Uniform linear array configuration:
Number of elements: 16
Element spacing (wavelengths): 1
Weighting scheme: blackman
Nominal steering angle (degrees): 45
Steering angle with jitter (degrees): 46.965
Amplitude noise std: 0.05
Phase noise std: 0.05

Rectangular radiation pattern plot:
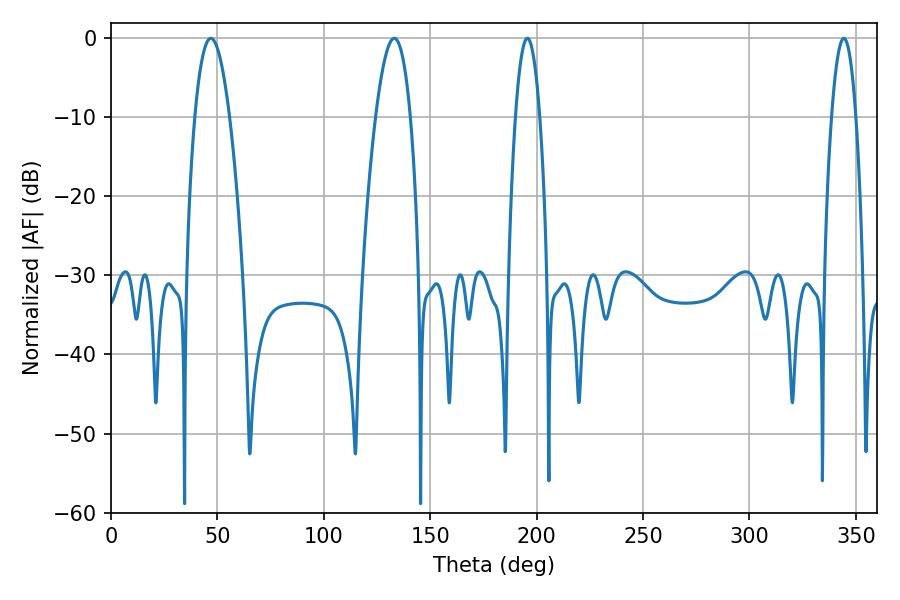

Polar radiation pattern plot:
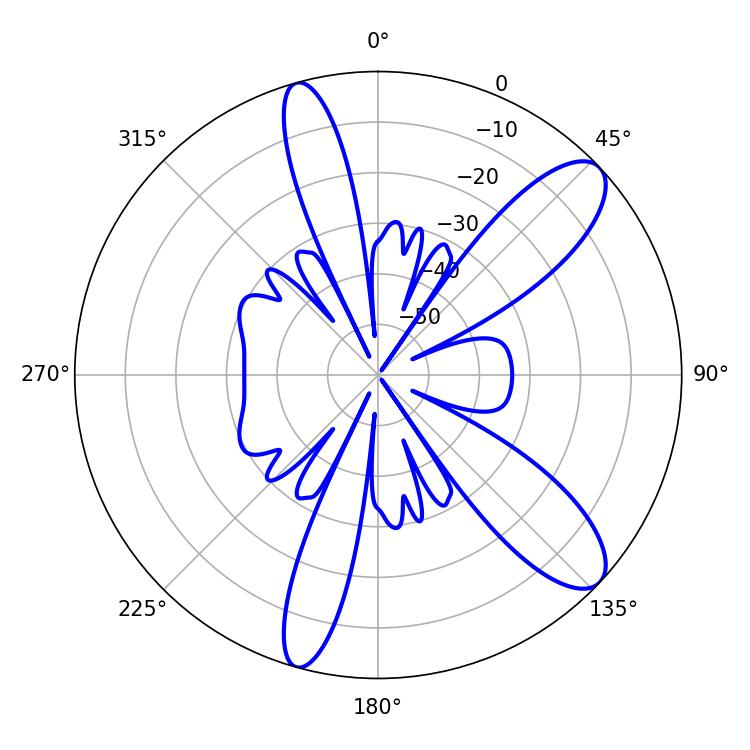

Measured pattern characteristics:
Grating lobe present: TRUE
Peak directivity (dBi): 10.403
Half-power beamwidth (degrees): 6.3
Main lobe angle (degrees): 195.66